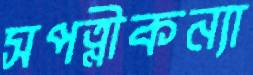
সপত্নীকন্যা